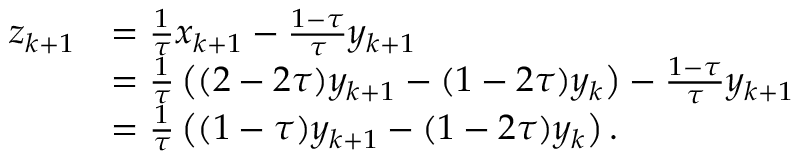
\begin{array} { r l } { z _ { k + 1 } } & { = \frac { 1 } { \tau } x _ { k + 1 } - \frac { 1 - \tau } { \tau } y _ { k + 1 } } \\ & { = \frac { 1 } { \tau } \left( ( 2 - 2 \tau ) y _ { k + 1 } - ( 1 - 2 \tau ) y _ { k } \right) - \frac { 1 - \tau } { \tau } y _ { k + 1 } } \\ & { = \frac { 1 } { \tau } \left( ( 1 - \tau ) y _ { k + 1 } - ( 1 - 2 \tau ) y _ { k } \right) . } \end{array}